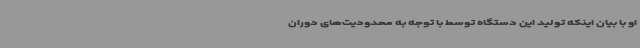
او با بیان اینکه تولید این دستگاه توسط با توجه به محدودیت‌های دوران